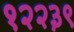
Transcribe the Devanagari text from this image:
१२२३९